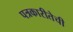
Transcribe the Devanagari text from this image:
पत्रकारीतेची